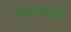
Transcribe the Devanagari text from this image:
स्वरूपाय